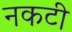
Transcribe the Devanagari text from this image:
नकटी